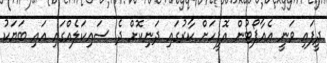
ދީފައި ވަނީ އެއާޕޯޓުން އޮފީހަށް ކާރުގައި ދަނިކޮށް ދެ ސައިކަލެއްގައި އައި ބަޔަކު